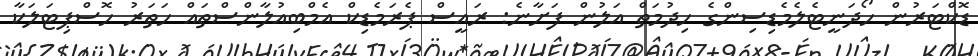
ޑޮކްޓަރުން ހޯދަނީޓެލެމެޑިސިންގެ ހިދުމަތް އަލުން ފަށާނެ: ރައީސް ޕެރަމެޑިކް އެމްބިއުލާންސްތައް ހަތަރު ހޮސްޕިޓަލަކާ